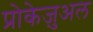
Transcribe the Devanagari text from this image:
प्रोकेज़ुअल